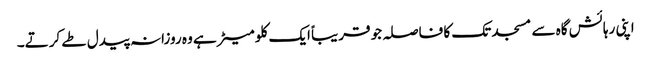
اپنی رہائش گاہ سے مسجد تک کا فاصلہ جو قریباً ایک کلو میٹر ہے وہ روزانہ پیدل طے کرتے۔